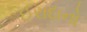
ઈરાદાનો